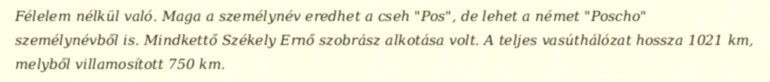
Félelem nélkül való. Maga a személynév eredhet a cseh "Pos", de lehet a német "Poscho" személynévből is. Mindkettő Székely Ernő szobrász alkotása volt. A teljes vasúthálózat hossza 1021 km, melyből villamosított 750 km.